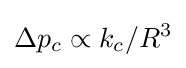
\Delta p_{c}\propto k_{c}/R^{3}